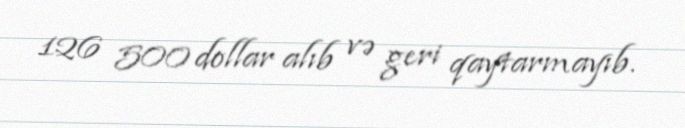
126 500 dollar alıb və geri qaytarmayıb.